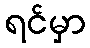
ရင်မှာ